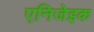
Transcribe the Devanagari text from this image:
एनिजेइक